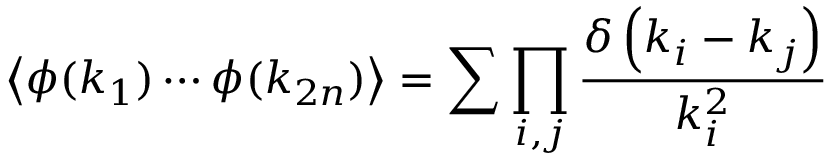
\left\langle \phi ( k _ { 1 } ) \cdots \phi ( k _ { 2 n } ) \right\rangle = \sum \prod _ { i , j } { \frac { \delta \left( k _ { i } - k _ { j } \right) } { k _ { i } ^ { 2 } } }